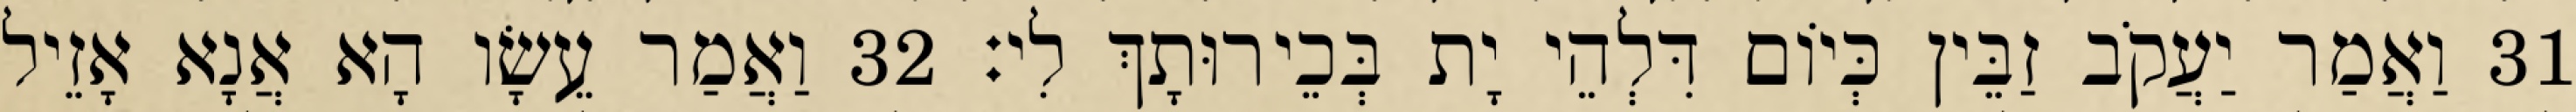
31 וַאֲמַר יַעֲקֹב זַבֵּין כְּיוֹם דִּלְהֵי יָת בְּכֵירוּתָךְ לִי׃ 32 וַאֲמַר עֵשָׂו הָא אֲנָא אָזֵיל